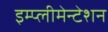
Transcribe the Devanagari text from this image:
इम्प्लीमेन्टेशन